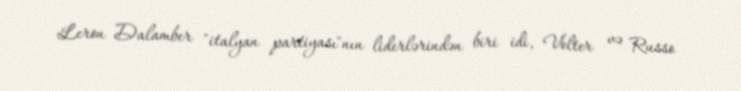
Leron Dalamber "italyan partiyası"nın liderlərindən biri idi, Volter və Russo